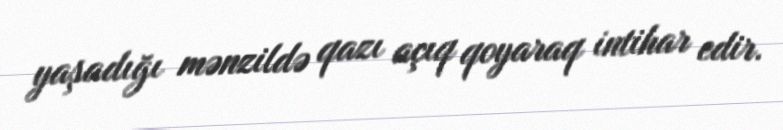
yaşadığı mənzildə qazı açıq qoyaraq intihar edir.